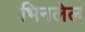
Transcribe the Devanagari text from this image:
भिनलेल